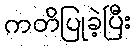
ကတိပြုခဲ့ပြီး